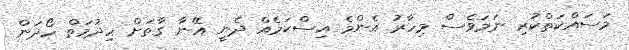
މަސައްކަތްކުރި ނަމަވެސް މިހާރު އެންމެ އިސްކަމެއް ދެނީ އޭނާ ގާތަށް ހިދުމަތް ހޯދަން